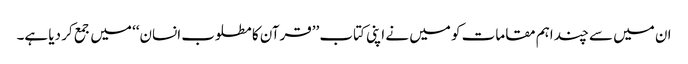
ان میں سے چند اہم مقامات کو میں نے اپنی کتاب ’’قرآن کا مطلوب انسان‘‘ میں جمع کر دیا ہے۔